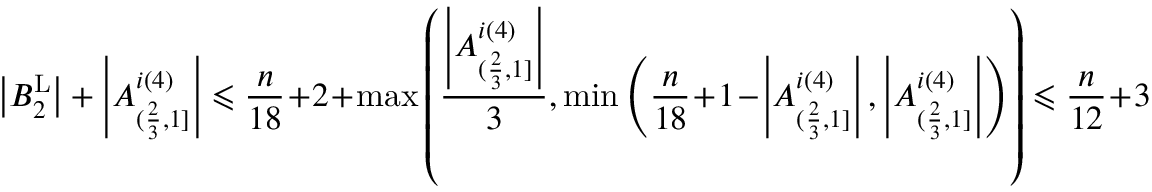
\left| B _ { 2 } ^ { \operatorname { L } } \right| + \left| A _ { ( \frac { 2 } { 3 } , 1 ] } ^ { i ( 4 ) } \right| \leqslant \frac { n } { 1 8 } \! + \! 2 \! + \! \operatorname* { m a x } \left( \frac { \left| A _ { ( \frac { 2 } { 3 } , 1 ] } ^ { i ( 4 ) } \right| } { 3 } , \operatorname* { m i n } \left( \frac { n } { 1 8 } \! + \! 1 \! - \! \left| A _ { ( \frac { 2 } { 3 } , 1 ] } ^ { i ( 4 ) } \right| , \left| A _ { ( \frac { 2 } { 3 } , 1 ] } ^ { i ( 4 ) } \right| \right) \right) \leqslant \frac { n } { 1 2 } \! + \! 3